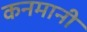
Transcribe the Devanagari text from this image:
कनमानी